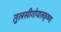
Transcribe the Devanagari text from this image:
तुलसीगोपालकृष्‍णा